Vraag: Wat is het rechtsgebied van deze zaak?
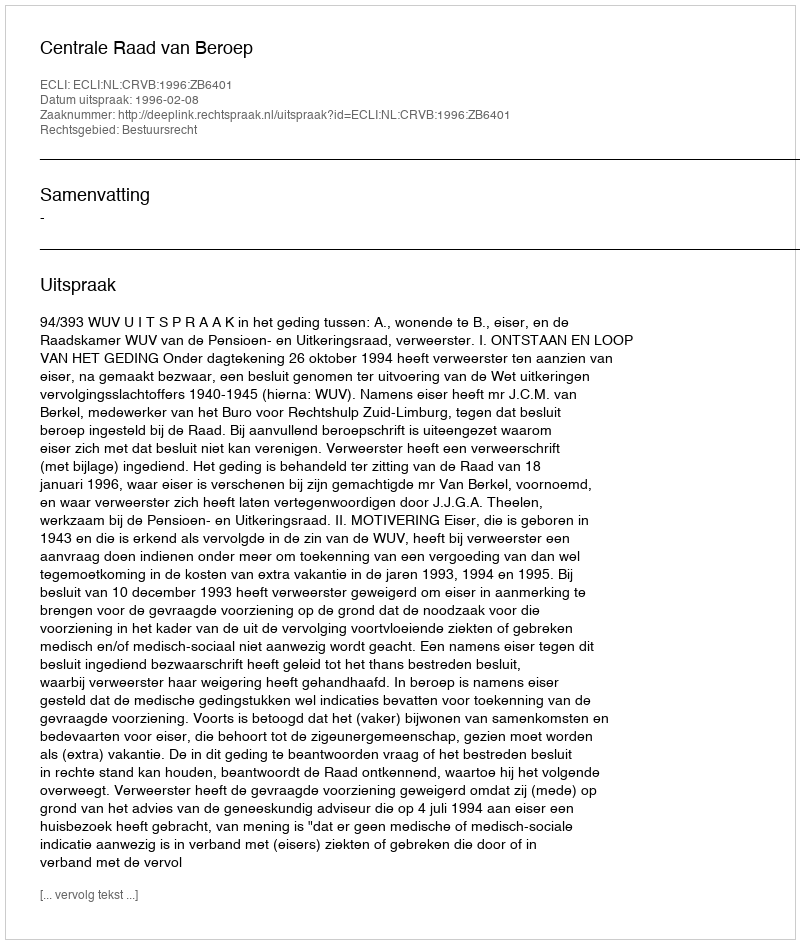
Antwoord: Bestuursrecht